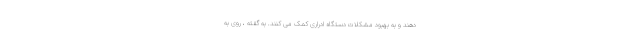
دهند و به بهبود مشکلات دستگاه ادراری کمک می کنند. به گفته ، روی به